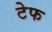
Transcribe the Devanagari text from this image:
टेफ